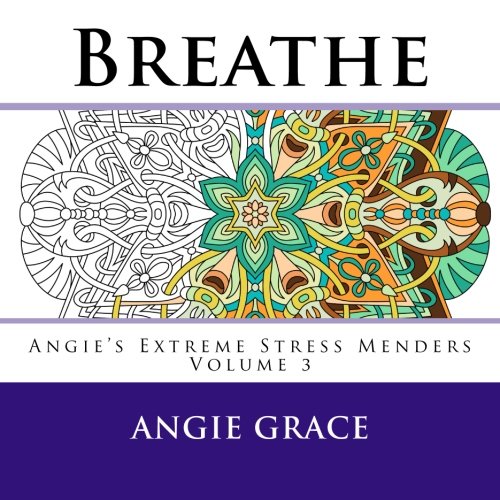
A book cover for Breathe (Angie's Extreme Stress Menders Volume 3); Angie Grace; Humor & Entertainment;